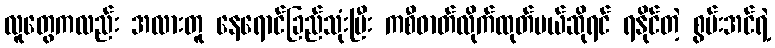
လူတွေကလည်း အလားတူ နေရောင်ခြည်သုံးပြီး ကစီဓာတ်လိုက်ထုတ်မယ်ဆိုရင် ရနိုင်တဲ့ စွမ်းအင်ရဲ့